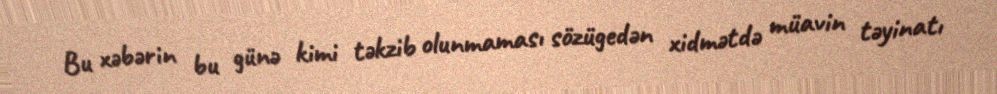
Bu xəbərin bu günə kimi təkzib olunmaması sözügedən xidmətdə müavin təyinatı